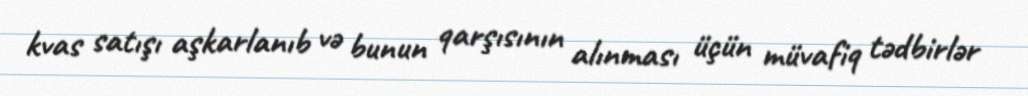
kvas satışı aşkarlanıb və bunun qarşısının alınması üçün müvafiq tədbirlər